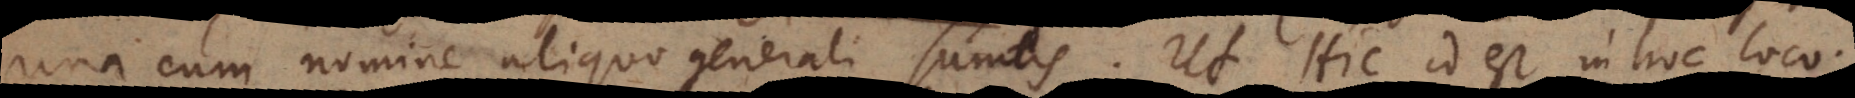
una cum nomine aliquo generali sumtis. Ut Hic id est in hoc loco.